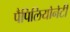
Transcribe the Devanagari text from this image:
पैपिलियोनेटी